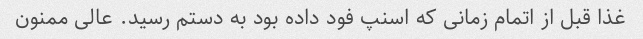
غذا قبل از اتمام زمانی که اسنپ فود داده بود به دستم رسید. عالی ممنون